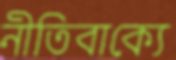
নীতিবাক্যে